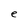
Character: e